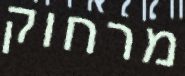
מרחוק